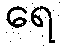
ရေ